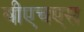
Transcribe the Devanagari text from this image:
बीएचएस